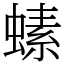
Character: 螦